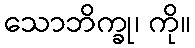
သောဘိက္ခု၊ ကို။